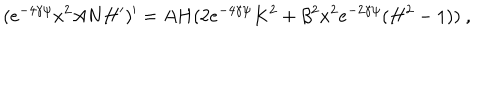
LaTeX: ( e ^ { - 4 \gamma \psi } x ^ { 2 } A N H ^ { \prime } ) ^ { \prime } = A H ( 2 e ^ { - 4 \gamma \psi } K ^ { 2 } + \beta ^ { 2 } x ^ { 2 } e ^ { - 2 \gamma \psi } ( H ^ { 2 } - 1 ) ) \ ,